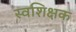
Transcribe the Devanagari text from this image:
स्वशिक्षक